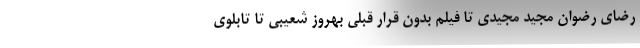
رضای رضوان مجید مجیدی تا فیلم بدون قرار قبلی بهروز شعیبی تا تابلوی